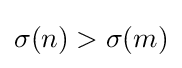
\sigma (n)>\sigma (m)